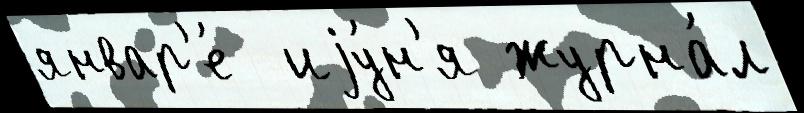
январ'е́  иjу́н'я журна́л